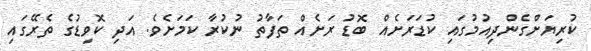
ކުރިޔަށްގެންދިއުމުގައި ކުޑަރަށެއް ބޮޑު ރަށެއް ތަފާތު ނުކުރާ ކަމަށެވެ. އަދި ކޮވިޑުގެ ތެރޭގައި